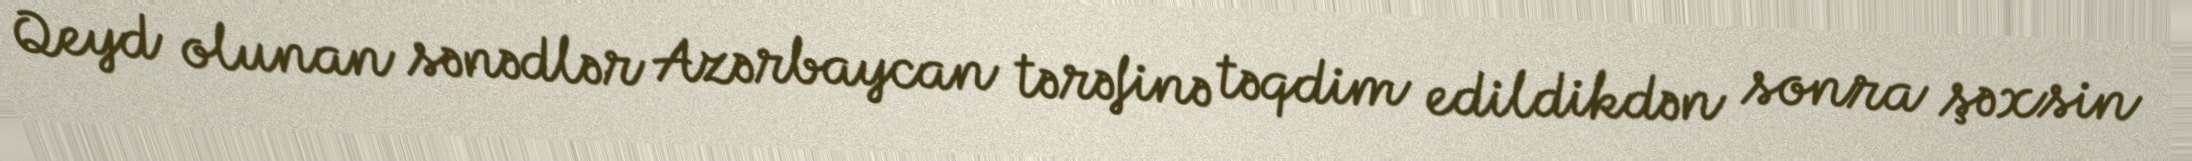
Qeyd olunan sənədlər Azərbaycan tərəfinə təqdim edildikdən sonra şəxsin